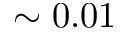
\sim 0 . 0 1